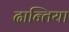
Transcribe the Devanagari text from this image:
दान्तिया